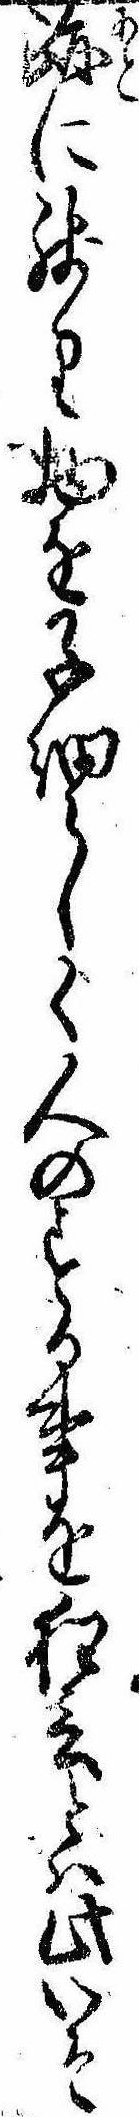
跡に残り物を子細らしく人のする事を狂言とは此いそ